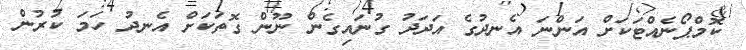
ކޮމްޕޯނެއްޓަކަށް އަންނަ އެނދުގެ އަދަދު ގުނައިގެން ނޫން ގޮތަކަށް އެނދު ހަމަ ކުރުން